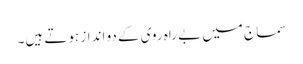
سماج میں بے راہ روی کے دو انداز ہوتے ہیں۔